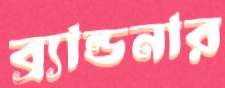
ব্র্যান্ডনার